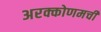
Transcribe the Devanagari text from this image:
अरक्कोणमची